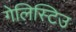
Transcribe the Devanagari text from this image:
गेलिस्टिउ